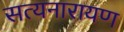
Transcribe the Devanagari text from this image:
सत्‍यनारायण